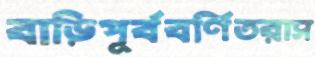
বাড়িপূর্ববর্ণিতরাস